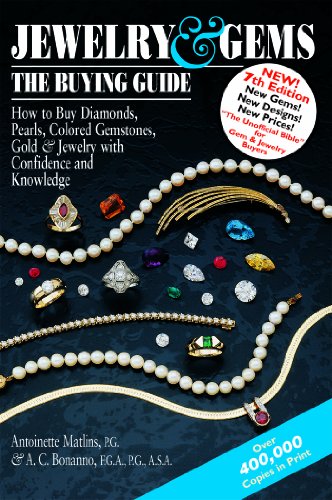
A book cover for Jewelry & GemsThe Buying Guide: How to Buy Diamonds, Pearls, Colored Gemstones, Gold & Jewelry with Confidence and Knowledge; Antoinette Matlins P.G.; Crafts, Hobbies & Home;